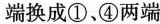
端换成①、④两端